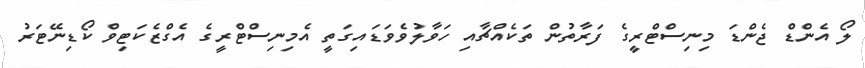
ލޯ އެންޑް ޖެންޑަ މިނިސްޓްރީގެ ފަރާތުން ތަކެއްޗާއި ހަވާލުވެވަޑައިގަތީ އެމިނިސްޓްރީގެ އެގްޒެކަޓިވް ކޯޑިނޭޓަރު